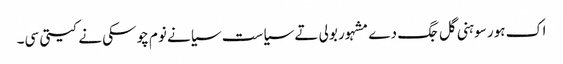
اک ہور سوہنی گل جگ دے مشہور بولی تے سیاست سیانے نوم چوسکی نے کیتی سی۔